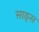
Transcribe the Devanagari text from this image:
साङ्स